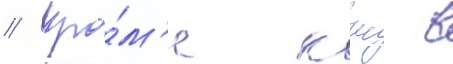
// Кро́м'е ккс в